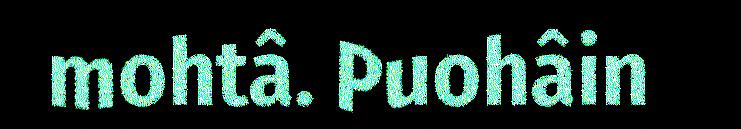
mohtâ. Puohâin